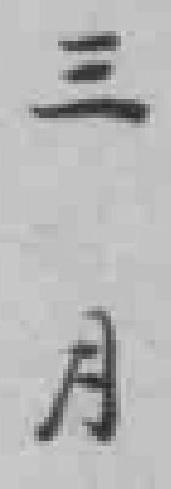
三月